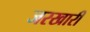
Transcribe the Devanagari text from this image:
जरखारी